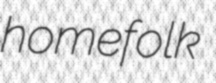
homefolk